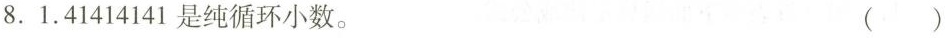
8.1.41414141是纯循环小数。 ()